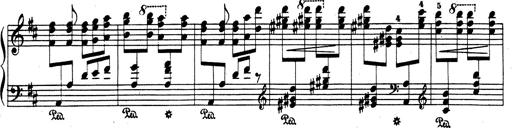
Title: Rhapsodie espagnole
Composer: Franz Liszt